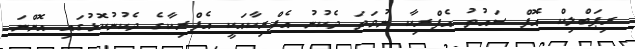
ރިޕަބްލިކް އޮފް ސައުތު އެފްރިކާ ނުވަތަ ދެކުނު އެފްރިކާއަކީ އެފްރިކާގެ ދެކުނުކޮޅުގައި އޮންނަ